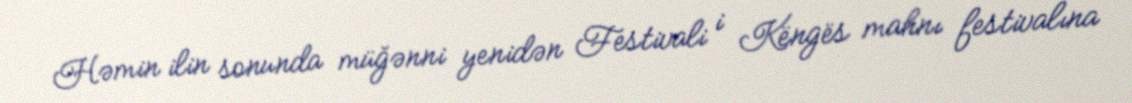
Həmin ilin sonunda müğənni yenidən Festivali i Këngës mahnı festivalına